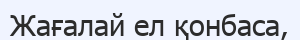
Жағалай ел қонбаса,